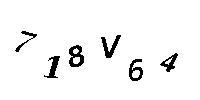
718V64